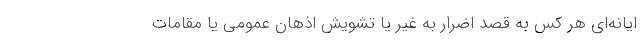
ايانه‌ای هر كس به قصد اضرار به غير يا تشويش اذهان عمومی يا مقامات